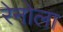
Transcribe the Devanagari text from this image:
रेनोला